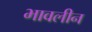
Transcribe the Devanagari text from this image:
भावलीन